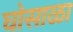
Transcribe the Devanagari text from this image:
घोसाळा